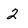
Character: 2